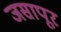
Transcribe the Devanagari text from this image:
जसापूर